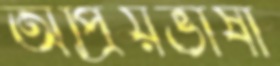
অপ্রিয়ভাষী